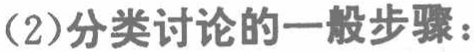
（2）分类讨论的一般步骤：